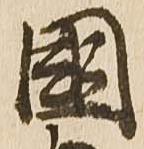
国